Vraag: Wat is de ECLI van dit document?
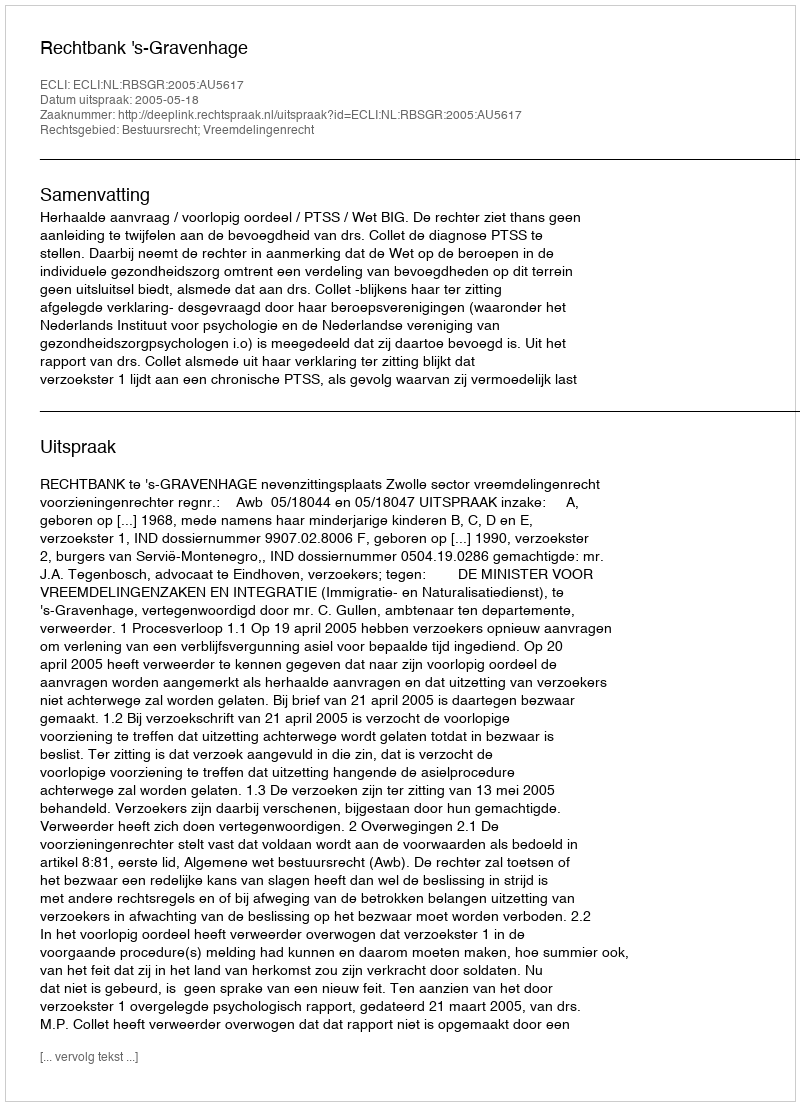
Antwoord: ECLI:NL:RBSGR:2005:AU5617